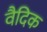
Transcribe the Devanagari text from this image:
वैदिक